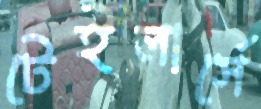
টেইলার্সে